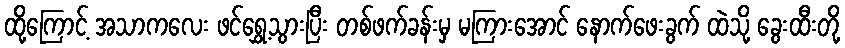
ထို့ကြောင့် အသာကလေး ဖင်ရွှေ့သွားပြီး တစ်ဖက်ခန်းမှ မကြားအောင် နောက်ဖေးခွက် ထဲသို့ ခွေးထီးတို့